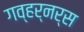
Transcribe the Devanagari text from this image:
गव्हर्नर्स